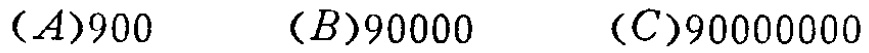
$(A)900\quad (B)90000\quad (C)90000000$